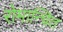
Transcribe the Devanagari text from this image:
रोमान्चित